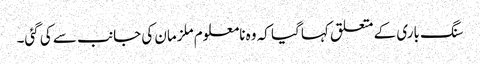
سنگ باری کے متعلق کہا گیا کہ وہ نامعلوم ملزمان کی جانب سے کی گئی۔